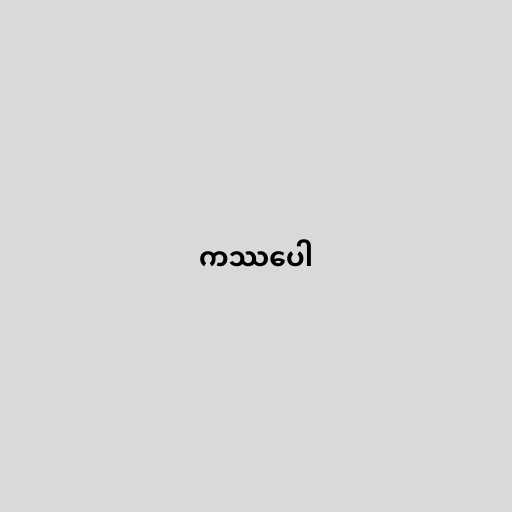
ကဿပေါ